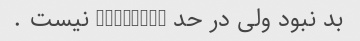
بد نبود ولی در حد torabica نیست .